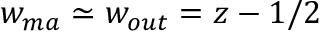
w _ { m a } \simeq w _ { o u t } = z - 1 / 2